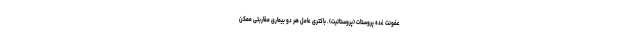
عفونت غده پروستات (پروستاتیت). باکتری عامل هر دو بیماری مقاربتی ممکن